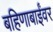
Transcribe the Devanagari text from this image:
बहिणाबाईंवर